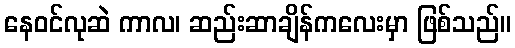
နေဝင်လုဆဲ ကာလ၊ ဆည်းဆာချိန်ကလေးမှာ ဖြစ်သည်။